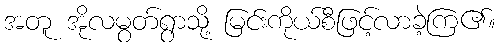
အတူ အိုလမွတ်ရွာသို့ မြင်းကိုယ်စီဖြင့်လာခဲ့ကြ၏။